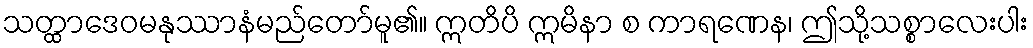
သတ္ထာဒေဝမနုဿာနံမည်တော်မူ၏။ ဣတိပိ ဣမိနာ စ ကာရဏေန၊ ဤသို့သစ္စာလေးပါး